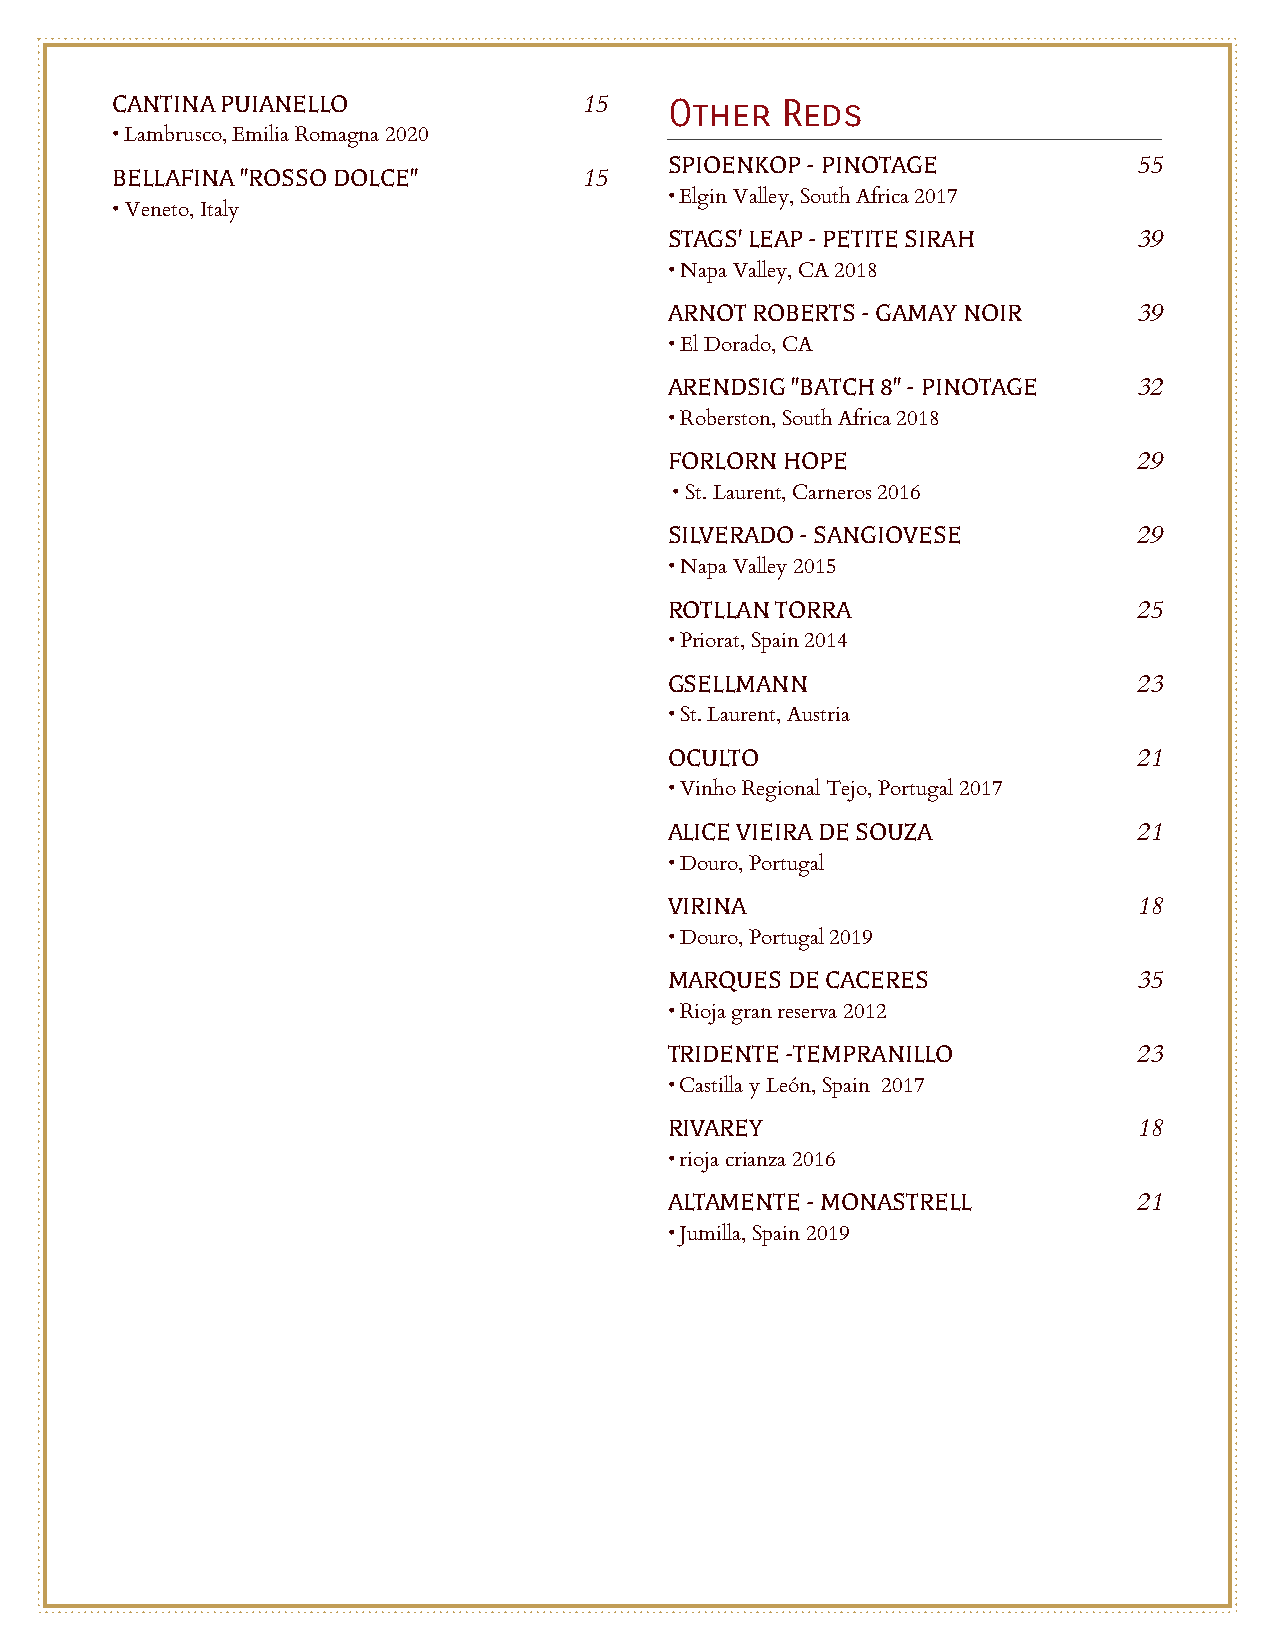
CANTINA PUIANELLO               15   Other   Reds
 • Lambrusco, Emilia Romagna 2020
 SPIOENKOP - PINOTAGE           55
 BELLAFINA "ROSSO DOLCE"         15
 • Elgin Valley, South Africa 2017
 • Veneto, Italy
 STAGS' LEAP - PETITE SIRAH     39
 • Napa Valley, CA 2018
 ARNOT ROBERTS - GAMAY NOIR     39
 • El Dorado, CA
 ARENDSIG "BATCH 8" - PINOTAGE  32
 • Roberston, South Africa 2018
 FORLORN HOPE                   29
 • St. Laurent, Carneros 2016
 SILVERADO - SANGIOVESE         29
 • Napa Valley 2015
 ROTLLAN TORRA                  25
 • Priorat, Spain 2014
 GSELLMANN                      23
 • St. Laurent, Austria
 OCULTO                         21
 • Vinho Regional Tejo, Portugal 2017
 ALICE VIEIRA DE SOUZA          21
 • Douro, Portugal
 VIRINA                         18
 • Douro, Portugal 2019
 MARQUES DE CACERES             35
 • Rioja gran reserva 2012
 TRIDENTE -TEMPRANILLO          23
 • Castilla y León, Spain 2017
 RIVAREY                        18
 • rioja crianza 2016
 ALTAMENTE - MONASTRELL         21
 • Jumilla, Spain 2019